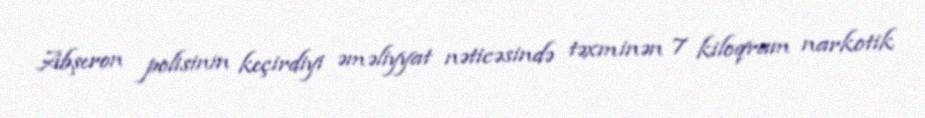
Abşeron polisinin keçirdiyi əməliyyat nəticəsində təxminən 7 kiloqram narkotik